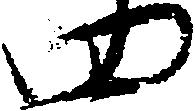
四